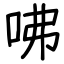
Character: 咈